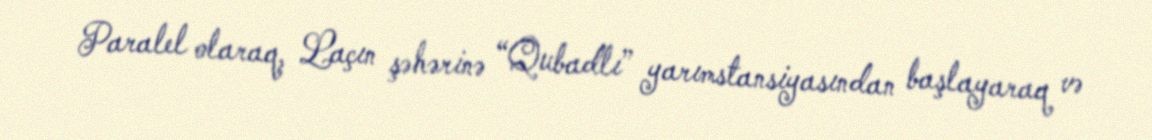
Paralel olaraq, Laçın şəhərinə “Qubadlı” yarımstansiyasından başlayaraq və